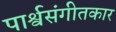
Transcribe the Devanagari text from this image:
पार्श्वसंगीतकार